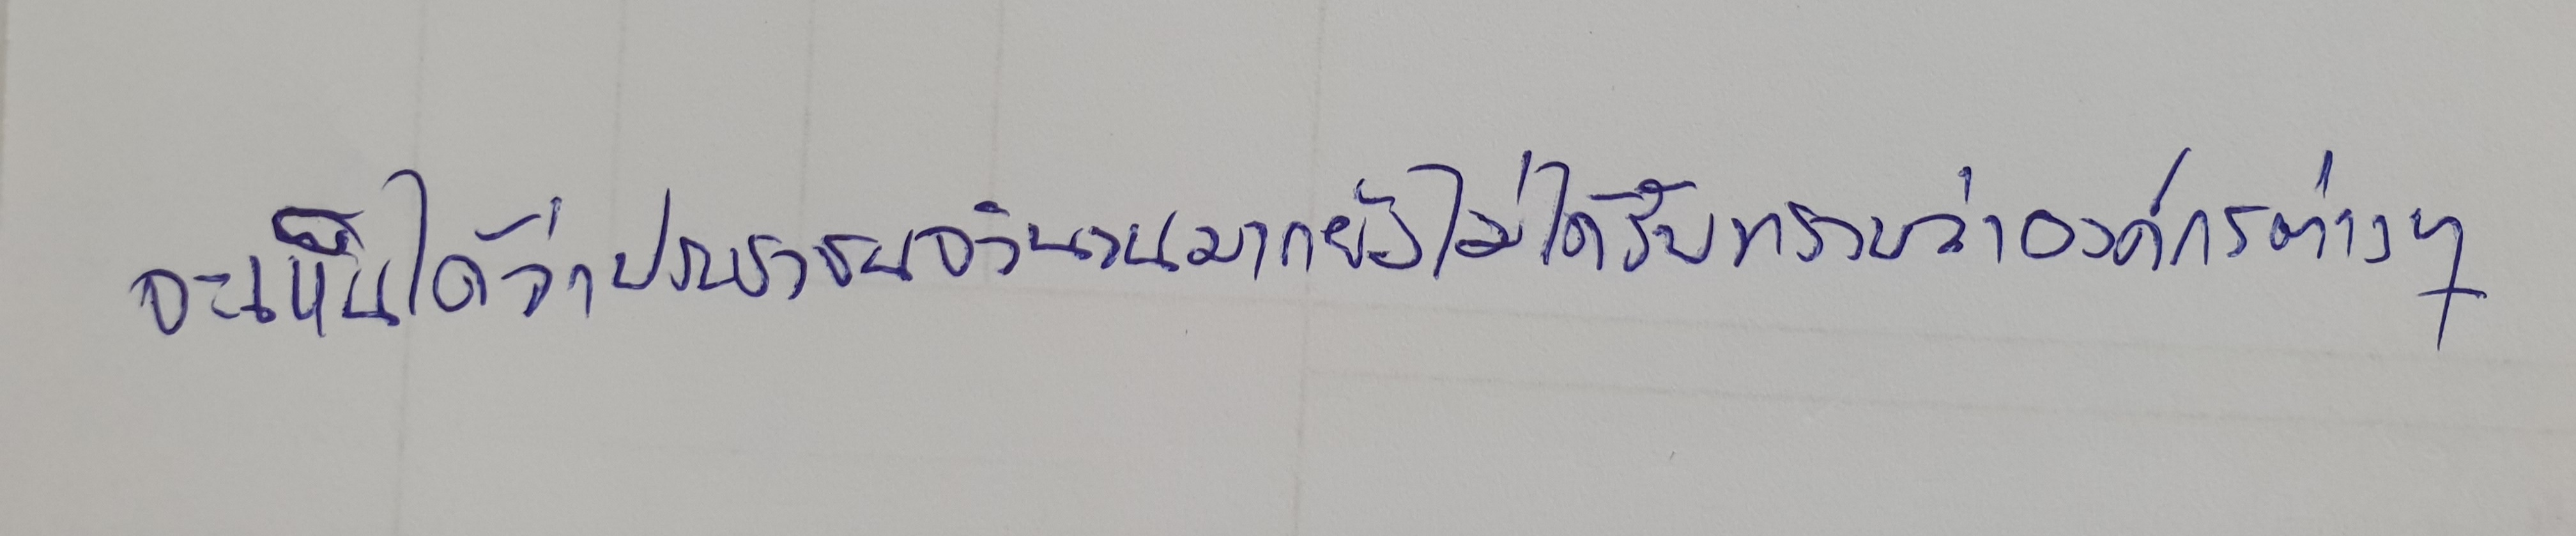
จะเห็นได้ว่าประชาชนจำนวนมากยังไม่ได้รับทราบว่าองค์กรต่างๆ